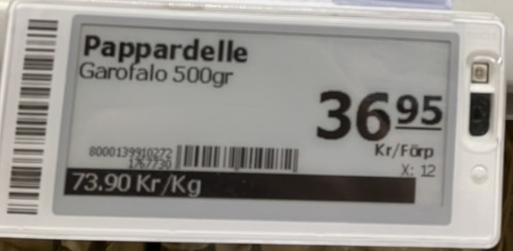
Vara: Pappardelle
Genomsnittspris: 73.9 per kg